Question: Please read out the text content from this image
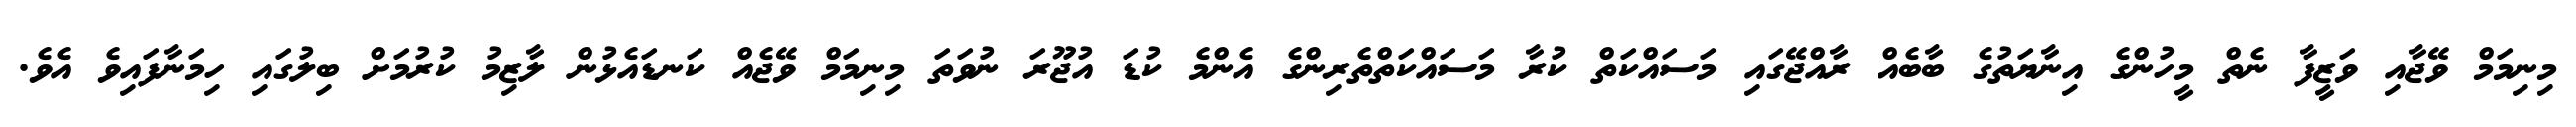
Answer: މިނިމަމް ވޭޖާއި ވަޒީފާ ނެތް މީހުންގެ އިނާޔަތުގެ ބާބެއް ރާއްޖޭގައި މަސައްކަތް ކުރާ މަސައްކަތްތެރިންގެ އެންމެ ކުޑަ އުޖޫރަ ނުވަތަ މިނިމަމް ވޭޖެއް ކަނޑައެޅުން ލާޒިމު ކުރުމަށް ބިލުގައި ހިމަނާފައިވެ އެވެ.